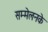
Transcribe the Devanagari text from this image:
सम्मेलनके